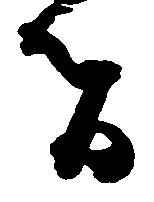
者